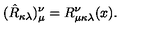
( \hat { R } _ { \kappa \lambda } ) _ { \mu } ^ { \nu } = R _ { \mu \kappa \lambda } ^ { \nu } ( x ) .